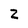
Character: 2